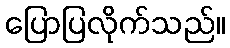
ပြောပြလိုက်သည်။